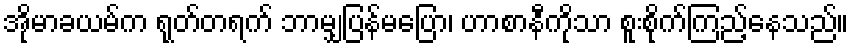
အိုမာခယမ်က ရုတ်တရက် ဘာမျှပြန်မပြော၊ ဟာစာနီကိုသာ စူးစိုက်ကြည့်နေသည်။